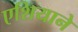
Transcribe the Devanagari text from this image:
एशियाने